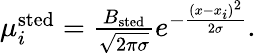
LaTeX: \begin{array}{r}{\mu_{i}^{\mathrm{sted}}=\frac{B_{\mathrm{sted}}}{\sqrt{2\pi\sigma}}e^{-\frac{(x-x_{i})^{2}}{2\sigma}}.}\end{array}